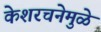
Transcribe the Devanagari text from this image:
केशरचनेमुळे